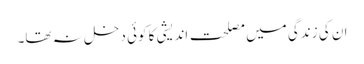
ان کی زندگی میں مصلحت اندیشی کا کوئی دخل نہ تھا۔